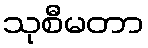
သုစီမတာ